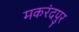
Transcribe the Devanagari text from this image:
मकरंदपुर